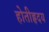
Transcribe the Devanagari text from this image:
होतीहृदय